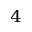
^ { 4 }